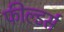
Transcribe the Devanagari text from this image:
फील्डर्स